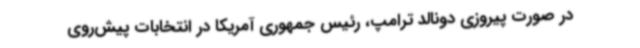
در صورت پیروزی دونالد ترامپ، رئیس جمهوری آمریکا در انتخابات پیش‌روی